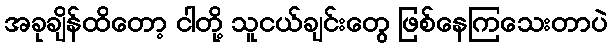
အခုချိန်ထိတော့ ငါတို့ သူငယ်ချင်းတွေ ဖြစ်နေကြသေးတာပဲ